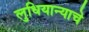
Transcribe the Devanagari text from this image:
लुधियान्याचे